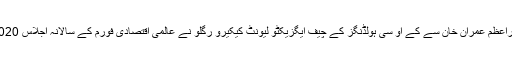
23 جنوری (اے پی پی) وزیراعظم عمران خان سے کے او سی ہولڈنگز کے چیف ایگزیکٹو لیونٹ کیکیرو رگلو نے عالمی اقتصادی فورم کے سالانہ اجلاس 2020ء کے موقع پر ملاقات کی۔